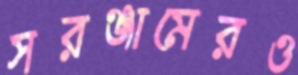
সরঞ্জামেরও